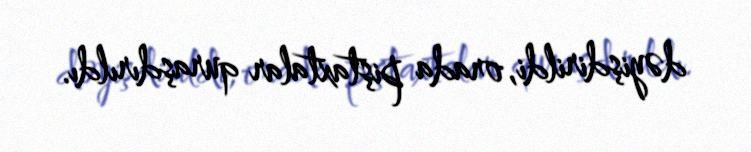
dəyişdirildi, orada piştaxtalar quraşdırıldı.